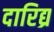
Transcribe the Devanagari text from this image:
दारिद्य्र